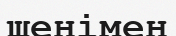
шенімен